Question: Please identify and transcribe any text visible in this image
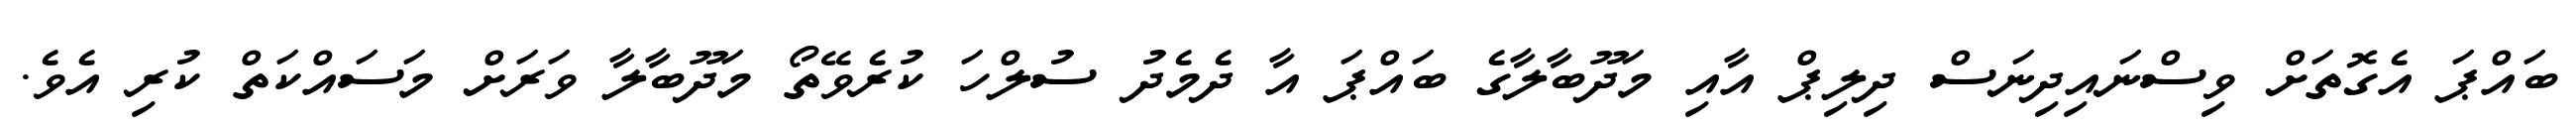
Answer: ބައްޕަ އެގޮތަށް ވިސްނައިދިނަސް ދިލިޕް އާއި މަދޫބާލާގެ ބައްޕަ އާ ދެމެދު ސުލްހަ ކުރެވޭތޯ މަދޫބާލާ ވަރަށް މަސައްކަތް ކުރި އެވެ.